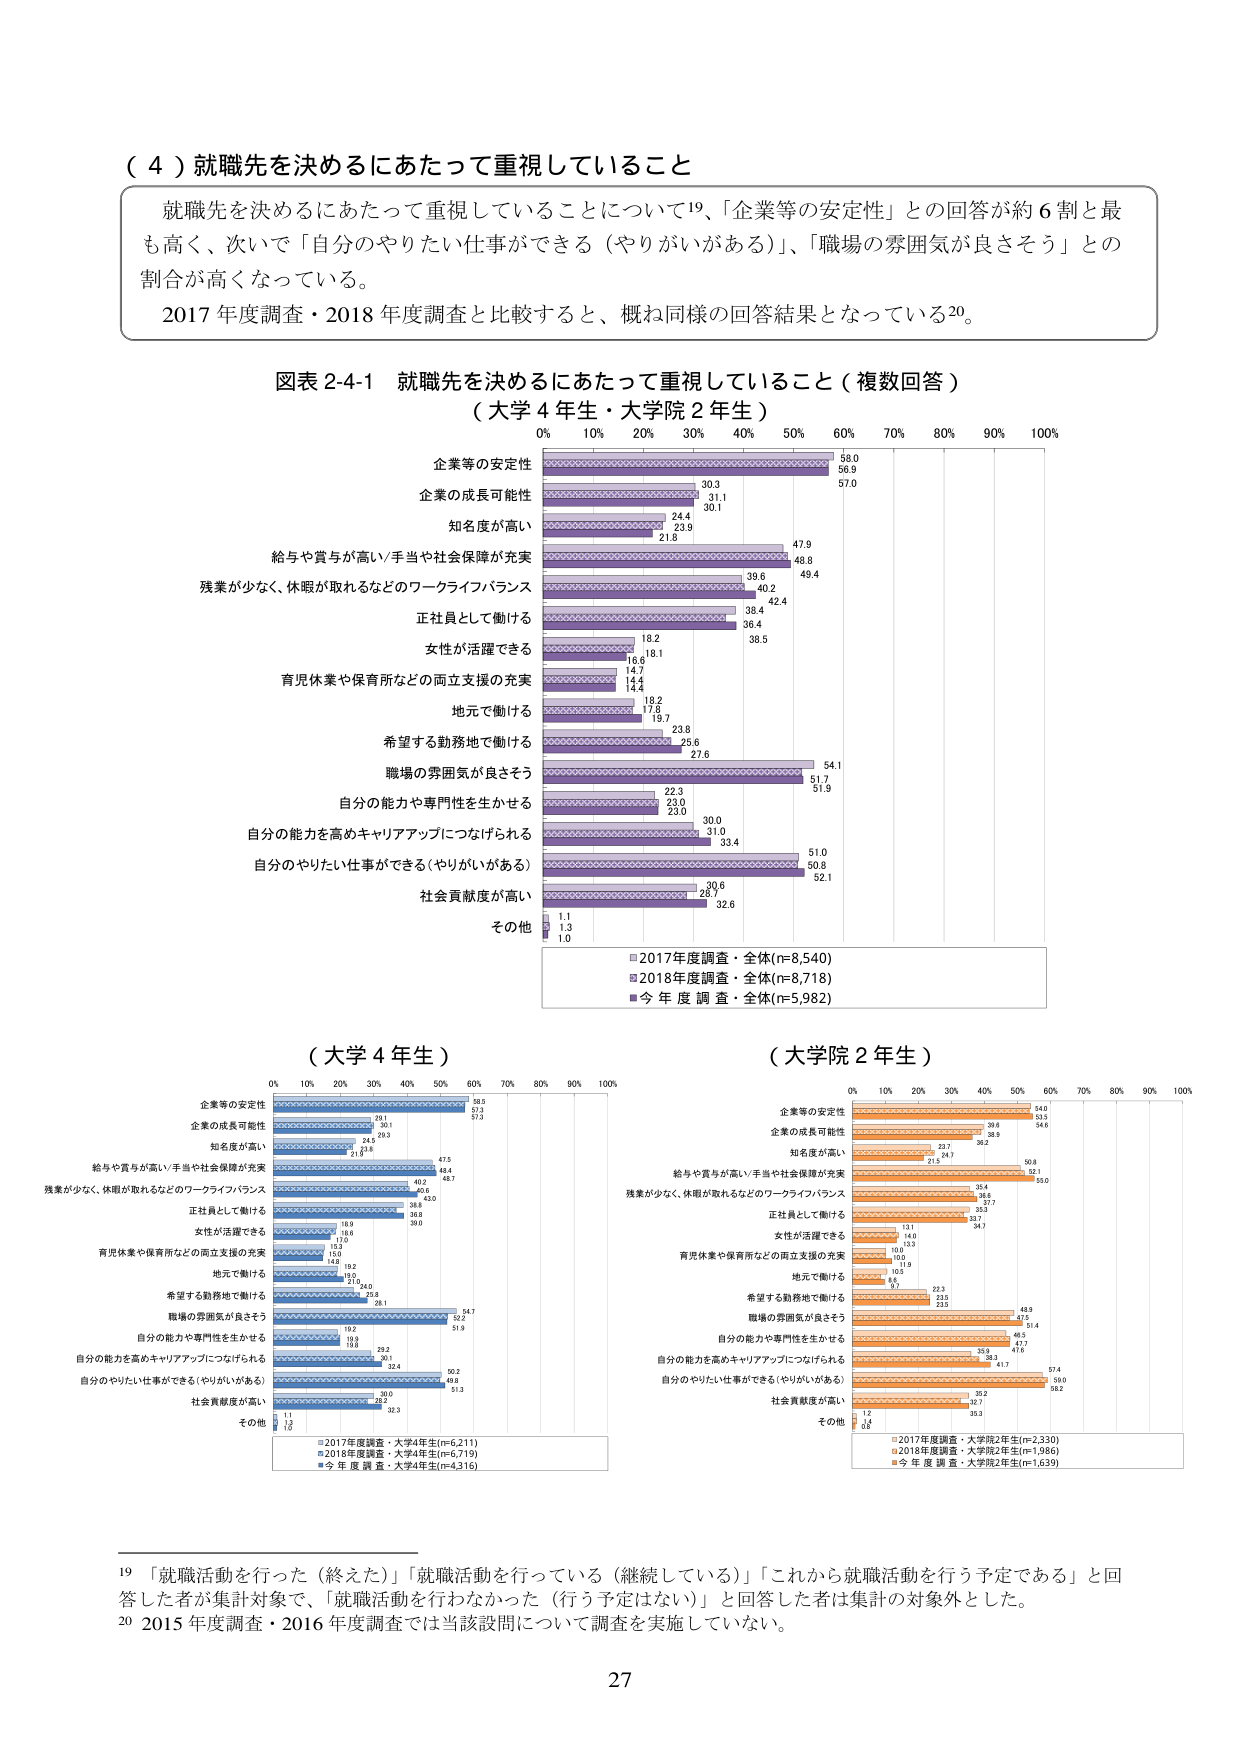
（４）就職先を決めるにあたって重視していること

就職先を決めるにあたって重視していることについて¹⁹、「企業等の安定性」との回答が約６割と最も高く、次いで「自分のやりたい仕事ができる（やりがいがある）」、「職場の雰囲気が良さそう」との割合が高くなっている。

2017年度調査・2018年度調査と比較すると、概ね同様の回答結果となっている²⁰。

図表2-4-1 就職先を決めるにあたって重視していること（複数回答）
（大学4年生・大学院2年生）

0% 10% 20% 30% 40% 50% 60% 70% 80% 90% 100%

企業等の安定性
58.0
56.9

企業の成長可能性
30.3
31.1
57.0
30.1

知名度が高い
24.4
23.9
21.8

給与や賞与が高い/手当や社会保障が充実
47.9
48.8
49.4

残業が少なく、休暇が取れるなどのワークライフバランス
39.6
40.2
42.4

正社員として働ける
38.4
36.4
38.5

女性が活躍できる
18.2
16.1
14.7

育児休業や保育所などの両立支援の充実
14.4
14.4

地元で働ける
19.2
17.8
19.7

希望する勤務地で働ける
23.8
25.6
27.6

職場の雰囲気が良さそう
54.1
51.7
51.9

自分の能力や専門性を生かせる
22.3
23.0
23.0

自分の能力を高めキャリアアップにつなげられる
30.0
31.0
33.4

自分のやりたい仕事ができる（やりがいがある）
51.0
50.8
52.1

社会貢献度が高い
30.6
28.7
32.6

その他
1.1
1.0

■2017年度調査・全体(n=8,540)
■2018年度調査・全体(n=8,718)
■今年度調査・全体(n=5,982)

（大学4年生）

0% 10% 20% 30% 40% 50% 60% 70% 80% 90% 100%

企業等の安定性
58.5
57.3

企業の成長可能性
28.1
30.1
39.3

知名度が高い
24.5
21.8

給与や賞与が高い/手当や社会保障が充実
47.5
48.4

残業が少なく、休暇が取れるなどのワークライフバランス
40.2
40.6
43.0

正社員として働ける
38.8
36.8
39.0

女性が活躍できる
18.0
16.6
17.0

育児休業や保育所などの両立支援の充実
15.0
14.0
14.0

地元で働ける
19.2
19.0
24.0

希望する勤務地で働ける
24.0
28.1

職場の雰囲気が良さそう
54.7
52.2
51.9

自分の能力や専門性を生かせる
19.2
19.9
19.8

自分の能力を高めキャリアアップにつなげられる
29.2
30.1
32.4

自分のやりたい仕事ができる（やりがいがある）
50.2
49.8
51.3

社会貢献度が高い
30.0
28.2
32.3

その他
1.1
1.0

■2017年度調査・大学4年生(n=6,211)
■2018年度調査・大学4年生(n=6,719)
■今年度調査・大学4年生(n=4,316)

（大学院2年生）

0% 10% 20% 30% 40% 50% 60% 70% 80% 90% 100%

企業等の安定性
54.0
53.5

企業の成長可能性
39.8
38.9
54.6

知名度が高い
23.7
36.2
24.7
21.5

給与や賞与が高い/手当や社会保障が充実
50.8
52.1
53.0

残業が少なく、休暇が取れるなどのワークライフバランス
35.4
34.6
35.7
34.7

正社員として働ける
33.7
34.7

女性が活躍できる
13.1
14.0
12.3

育児休業や保育所などの両立支援の充実
10.0
10.0
11.9

地元で働ける
10.3
6.7

希望する勤務地で働ける
22.3
23.5
23.5

職場の雰囲気が良さそう
48.9
47.5
53.4

自分の能力や専門性を生かせる
48.5
47.7
47.6

自分の能力を高めキャリアアップにつなげられる
35.9
36.3
41.7

自分のやりたい仕事ができる（やりがいがある）
57.4
59.0
58.2

社会貢献度が高い
35.2
32.7
35.3

その他
1.2
1.4
0.8

■2017年度調査・大学院2年生(n=2,330)
■2018年度調査・大学院2年生(n=1,986)
■今年度調査・大学院2年生(n=1,639)

¹⁹ 「就職活動を行った（終えた）」「就職活動を行っている（継続している）」「これから就職活動を行う予定である」と回答した者が集計対象で、「就職活動を行わなかった（行う予定はない）」と回答した者は集計の対象外とした。

²⁰ 2015年度調査・2016年度調査では当該設問について調査を実施していない。

27